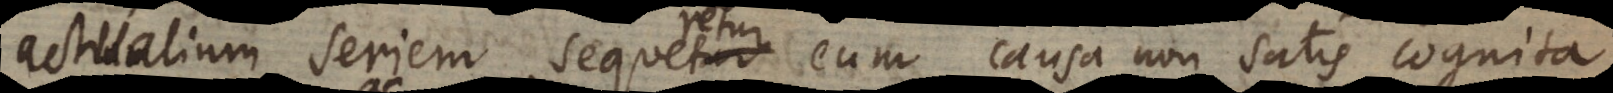
actualium seriem, sequeretur eum causa non satis cognita